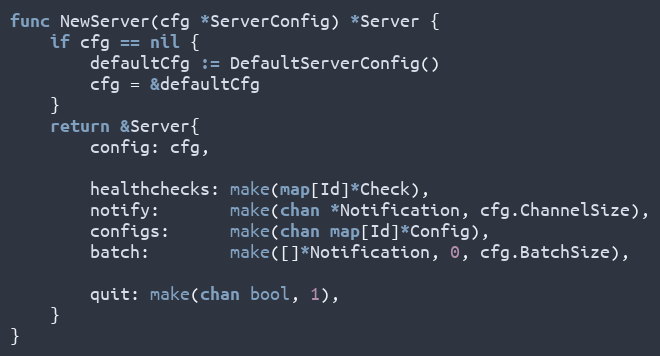
Language: Go
func NewServer(cfg *ServerConfig) *Server {
	if cfg == nil {
		defaultCfg := DefaultServerConfig()
		cfg = &defaultCfg
	}
	return &Server{
		config: cfg,

		healthchecks: make(map[Id]*Check),
		notify:       make(chan *Notification, cfg.ChannelSize),
		configs:      make(chan map[Id]*Config),
		batch:        make([]*Notification, 0, cfg.BatchSize),

		quit: make(chan bool, 1),
	}
}